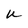
Character: W